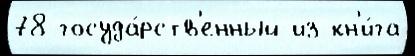
78 госуда́рств'енный из кн'и́га